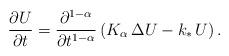
\begin{align*}\frac{\partial U}{\partial t} = \frac{\partial^{1-\alpha}}{\partial t^{1-\alpha}}\left(K_{\alpha}\,\Delta U - k_\ast\,U\right).\end{align*}